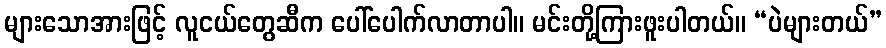
များသောအားဖြင့် လူငယ်တွေဆီက ပေါ်ပေါက်လာတာပါ။ မင်းတို့ကြားဖူးပါတယ်။ “ပဲများတယ်”